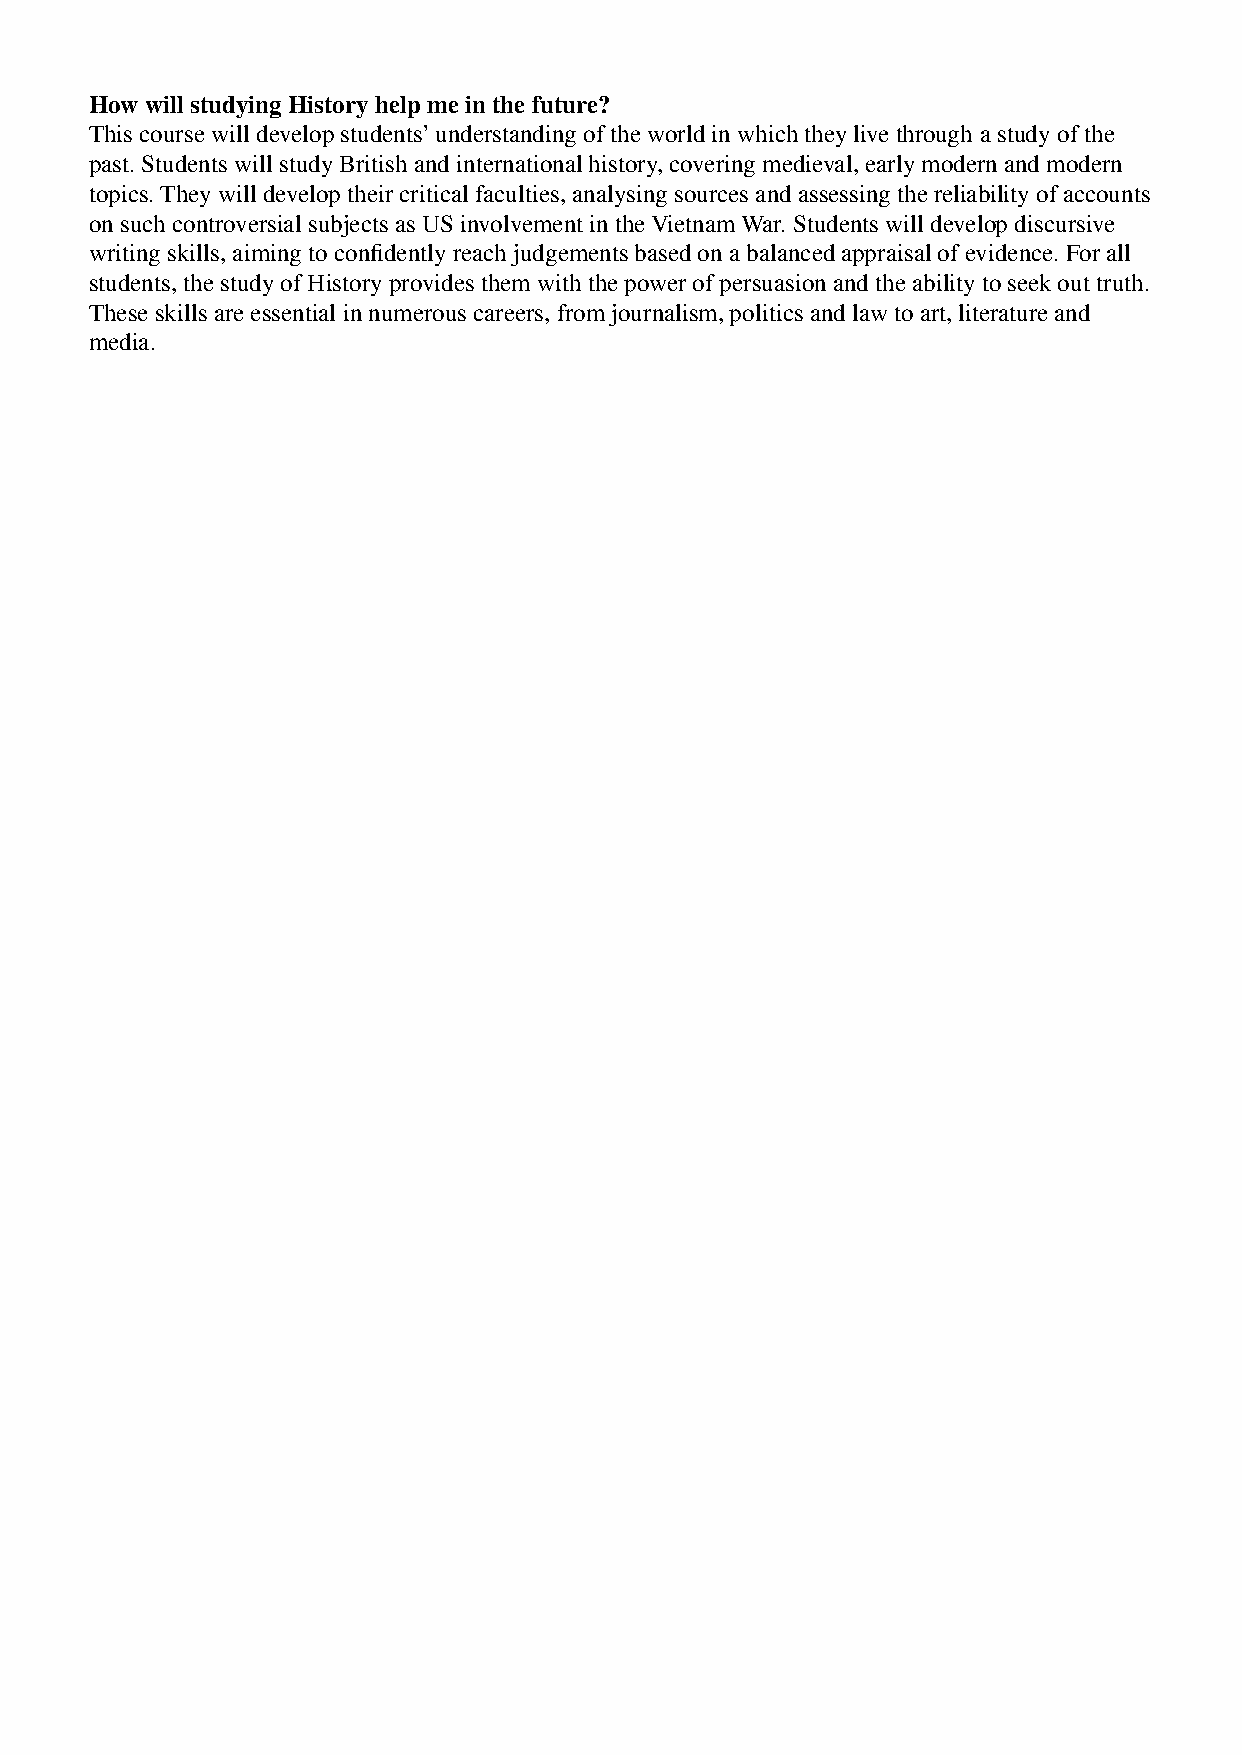
How will studying History help me in the future?
 This course will develop students’ understanding of the world in which they live through a study of the
 past. Students will study British and international history, covering medieval, early modern and modern
 topics. They will develop their critical faculties, analysing sources and assessing the reliability of accounts
 on such controversial subjects as US involvement in the Vietnam War. Students will develop discursive
 writing skills, aiming to confidently reach judgements based on a balanced appraisal of evidence. For all
 students, the study of History provides them with the power of persuasion and the ability to seek out truth.
 These skills are essential in numerous careers, from journalism, politics and law to art, literature and
 media.